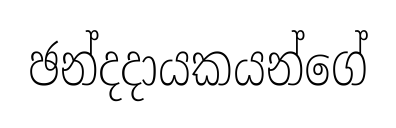
ඡන්දදායකයන්ගේ